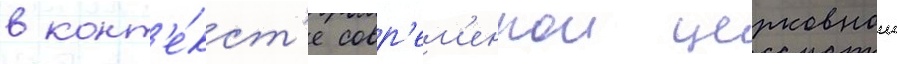
в конт'е́кст'е совр'ем'еннои церковнои